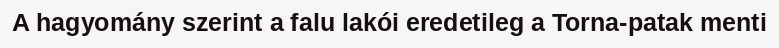
A hagyomány szerint a falu lakói eredetileg a Torna-patak menti